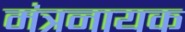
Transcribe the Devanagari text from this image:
मंत्रनायक